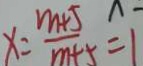
x = \frac { m + 5 } { m + 5 } = 1